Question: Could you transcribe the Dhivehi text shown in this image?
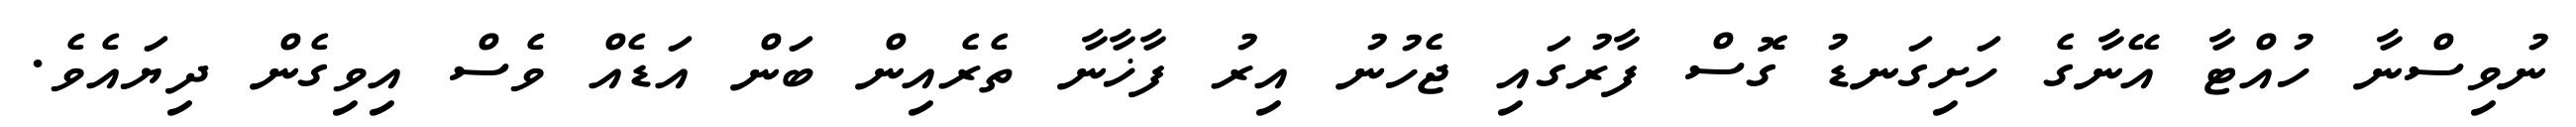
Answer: ނުވިސްނާ ހުއްޓާ އޭނާގެ ހަށިގަނޑު ގޮސް ފާރުގައި ޖެހުނު އިރު ފާޚާނާ ތެރެއިން ބަން އަޑެއް ވެސް އިވިގެން ދިޔައެވެ.